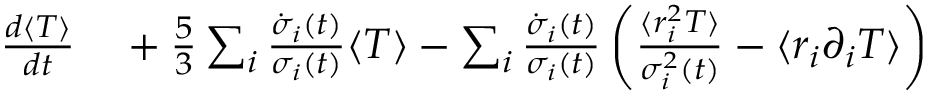
\begin{array} { r l } { \frac { d \langle T \rangle } { d t } } & { { } + \frac { 5 } { 3 } \sum _ { i } \frac { \dot { \sigma } _ { i } ( t ) } { \sigma _ { i } ( t ) } \langle T \rangle - \sum _ { i } \frac { \dot { \sigma } _ { i } ( t ) } { \sigma _ { i } ( t ) } \left( \frac { \langle r _ { i } ^ { 2 } T \rangle } { \sigma _ { i } ^ { 2 } ( t ) } - \langle r _ { i } \partial _ { i } T \rangle \right) } \end{array}